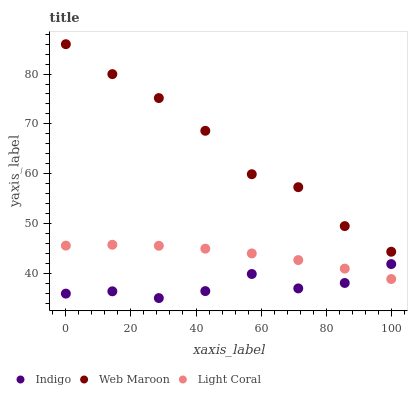
| xaxis_label | Indigo | Web Maroon | Light Coral |
 | --- | --- | --- | --- |
 | 0 | 35.9 | 86 | 45.5 |
 | 14.3 | 36.4 | 80 | 45.7 |
 | 28.6 | 35 | 75.2 | 45.5 |
 | 42.9 | 36.4 | 68.6 | 44.9 |
 | 57.1 | 39.8 | 59.9 | 44 |
 | 71.4 | 36.9 | 57.3 | 42.6 |
 | 85.7 | 38 | 49.5 | 40.9 |
 | 100 | 41.8 | 44.3 | 38.8 |